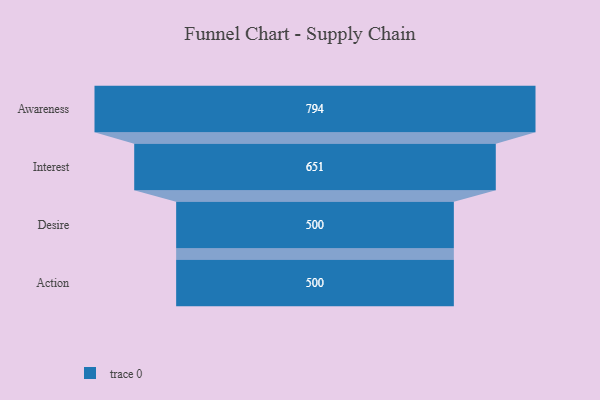
{"axis": {"x": "Stage", "y": "Value"}, "legend": [""], "data": [{"x": "Awareness", "y": 794.0, "type": ""}, {"x": "Interest", "y": 651.0, "type": ""}, {"x": "Desire", "y": 500, "type": ""}, {"x": "Action", "y": 500, "type": ""}]}